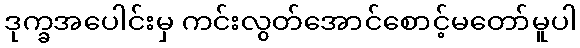
ဒုက္ခအပေါင်းမှ ကင်းလွတ်အောင်စောင့်မတော်မူပါ